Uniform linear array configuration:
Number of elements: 24
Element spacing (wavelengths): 0.75
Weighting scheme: kaiser
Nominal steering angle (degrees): -15
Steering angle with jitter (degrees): -13.366
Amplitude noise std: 0.05
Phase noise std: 0.05

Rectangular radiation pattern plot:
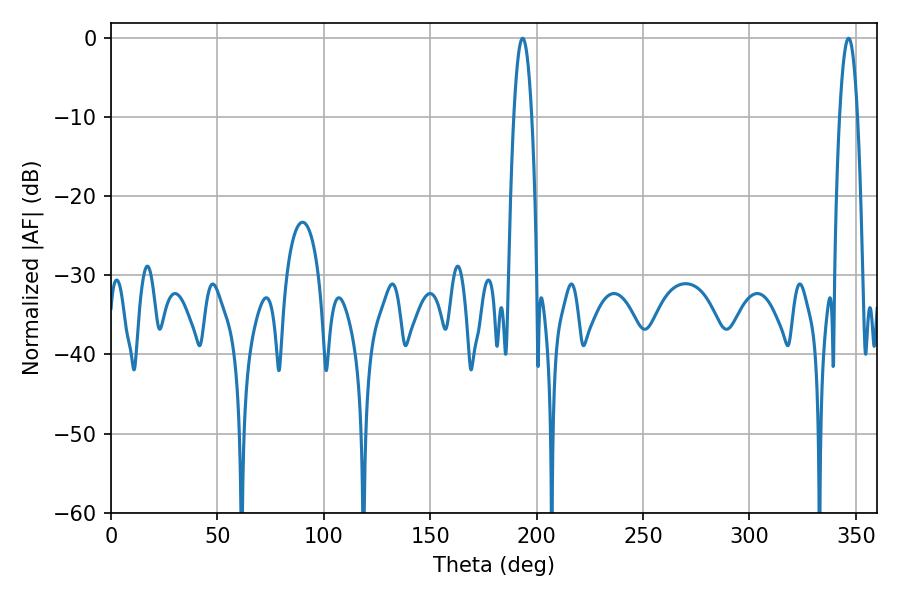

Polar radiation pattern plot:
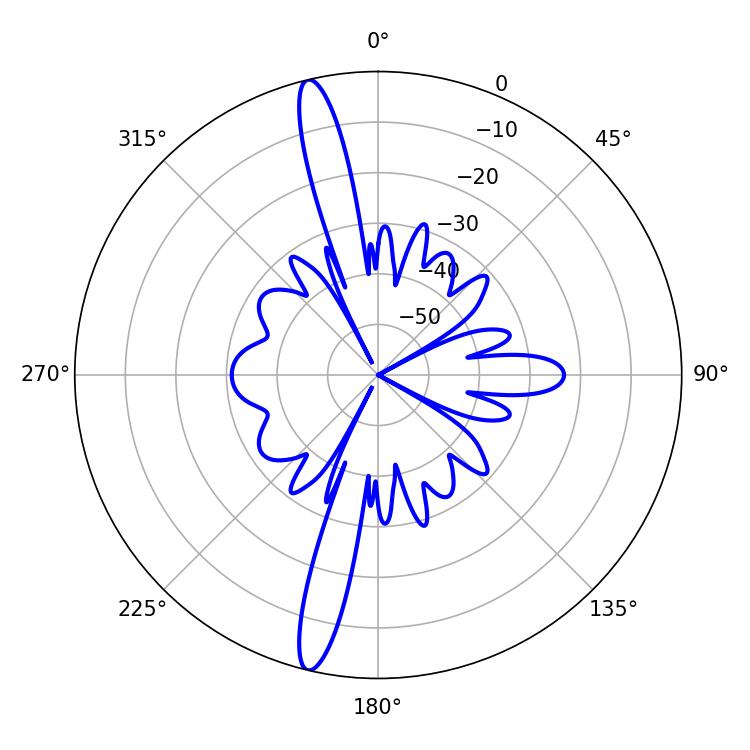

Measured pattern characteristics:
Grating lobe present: TRUE
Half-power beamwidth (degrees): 4.5
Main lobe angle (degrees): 193.5